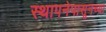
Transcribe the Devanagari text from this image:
स्थापनेपासूनच्या